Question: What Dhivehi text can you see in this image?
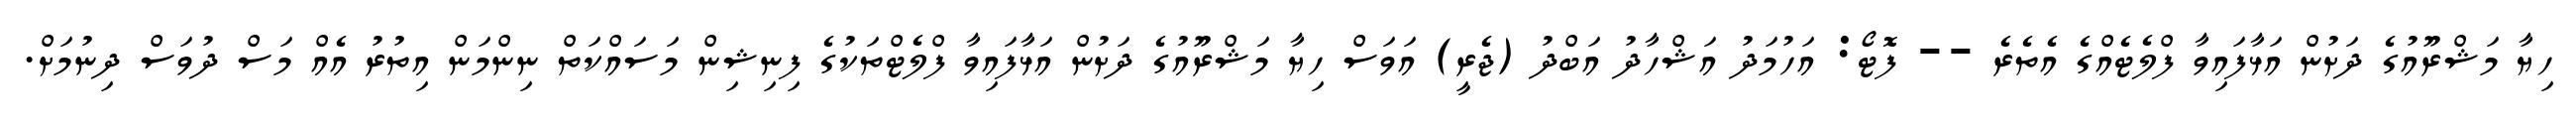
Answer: ހިޔާ މަޝްރޫއުގެ ދަށުން އަޅާފައިވާ ފްލެޓެއްގެ އެތެރެ -- ފޮޓޯ: އަހުމަދު އަޝްހާދު އަބްދު (ޖެރީ) އަވަސް ހިޔާ މަޝްރޫއުގެ ދަށުން އަޅާފައިވާ ފްލެޓްތަކުގެ ފިނިޝިން މަސައްކަތް ނިންމަން އިތުރު އެއް މަސް ދުވަސް ދިނުމަށް.